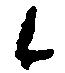
候